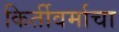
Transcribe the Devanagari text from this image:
किर्तीवर्माचा